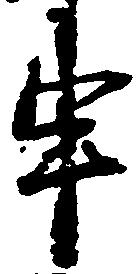
申